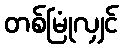
တစ်မြုံလျှင်